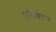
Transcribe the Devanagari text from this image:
पुलिकाल